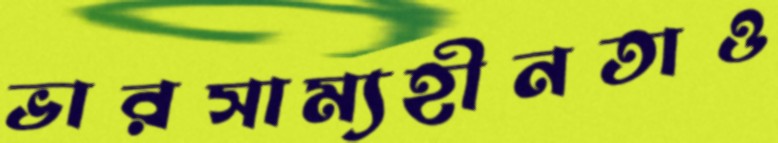
ভারসাম্যহীনতাও